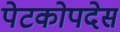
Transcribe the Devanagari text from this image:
पेटकोपदेस